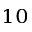
^ { 1 0 }